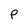
Character: p